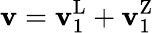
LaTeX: \mathbf{v}=\mathbf{v}_{1}^{\mathrm{L}}+\mathbf{v}_{1}^{\mathrm{Z}}